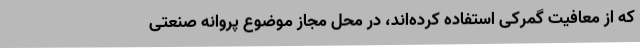
که از معافیت گمرکی استفاده کرده‌اند، در محل مجاز موضوع پروانه صنعتی